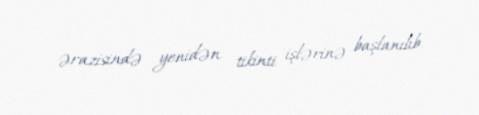
ərazisində yenidən tikinti işlərinə başlanılıb.